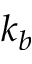
k _ { b }